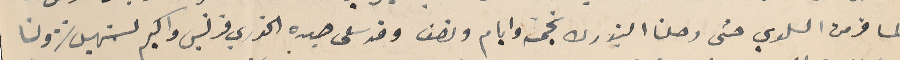
المسافر من السلوي حتى رحلنا النيورك بخمسة وايام ونصف وقد سعى جده الخوري فرنسيس واكيم لتسهيل نزولنا